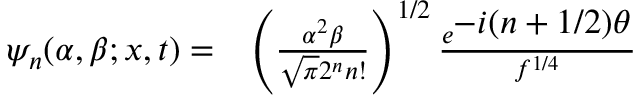
\begin{array} { l l } { \psi _ { n } ( \alpha , \beta ; x , t ) = } & { \left( \frac { \alpha ^ { 2 } \beta } { \sqrt { \pi } 2 ^ { n } n ! } \right) ^ { 1 / 2 } \frac { e ^ { \textstyle - i ( n + 1 / 2 ) \theta } } { f ^ { 1 / 4 } } } \end{array}